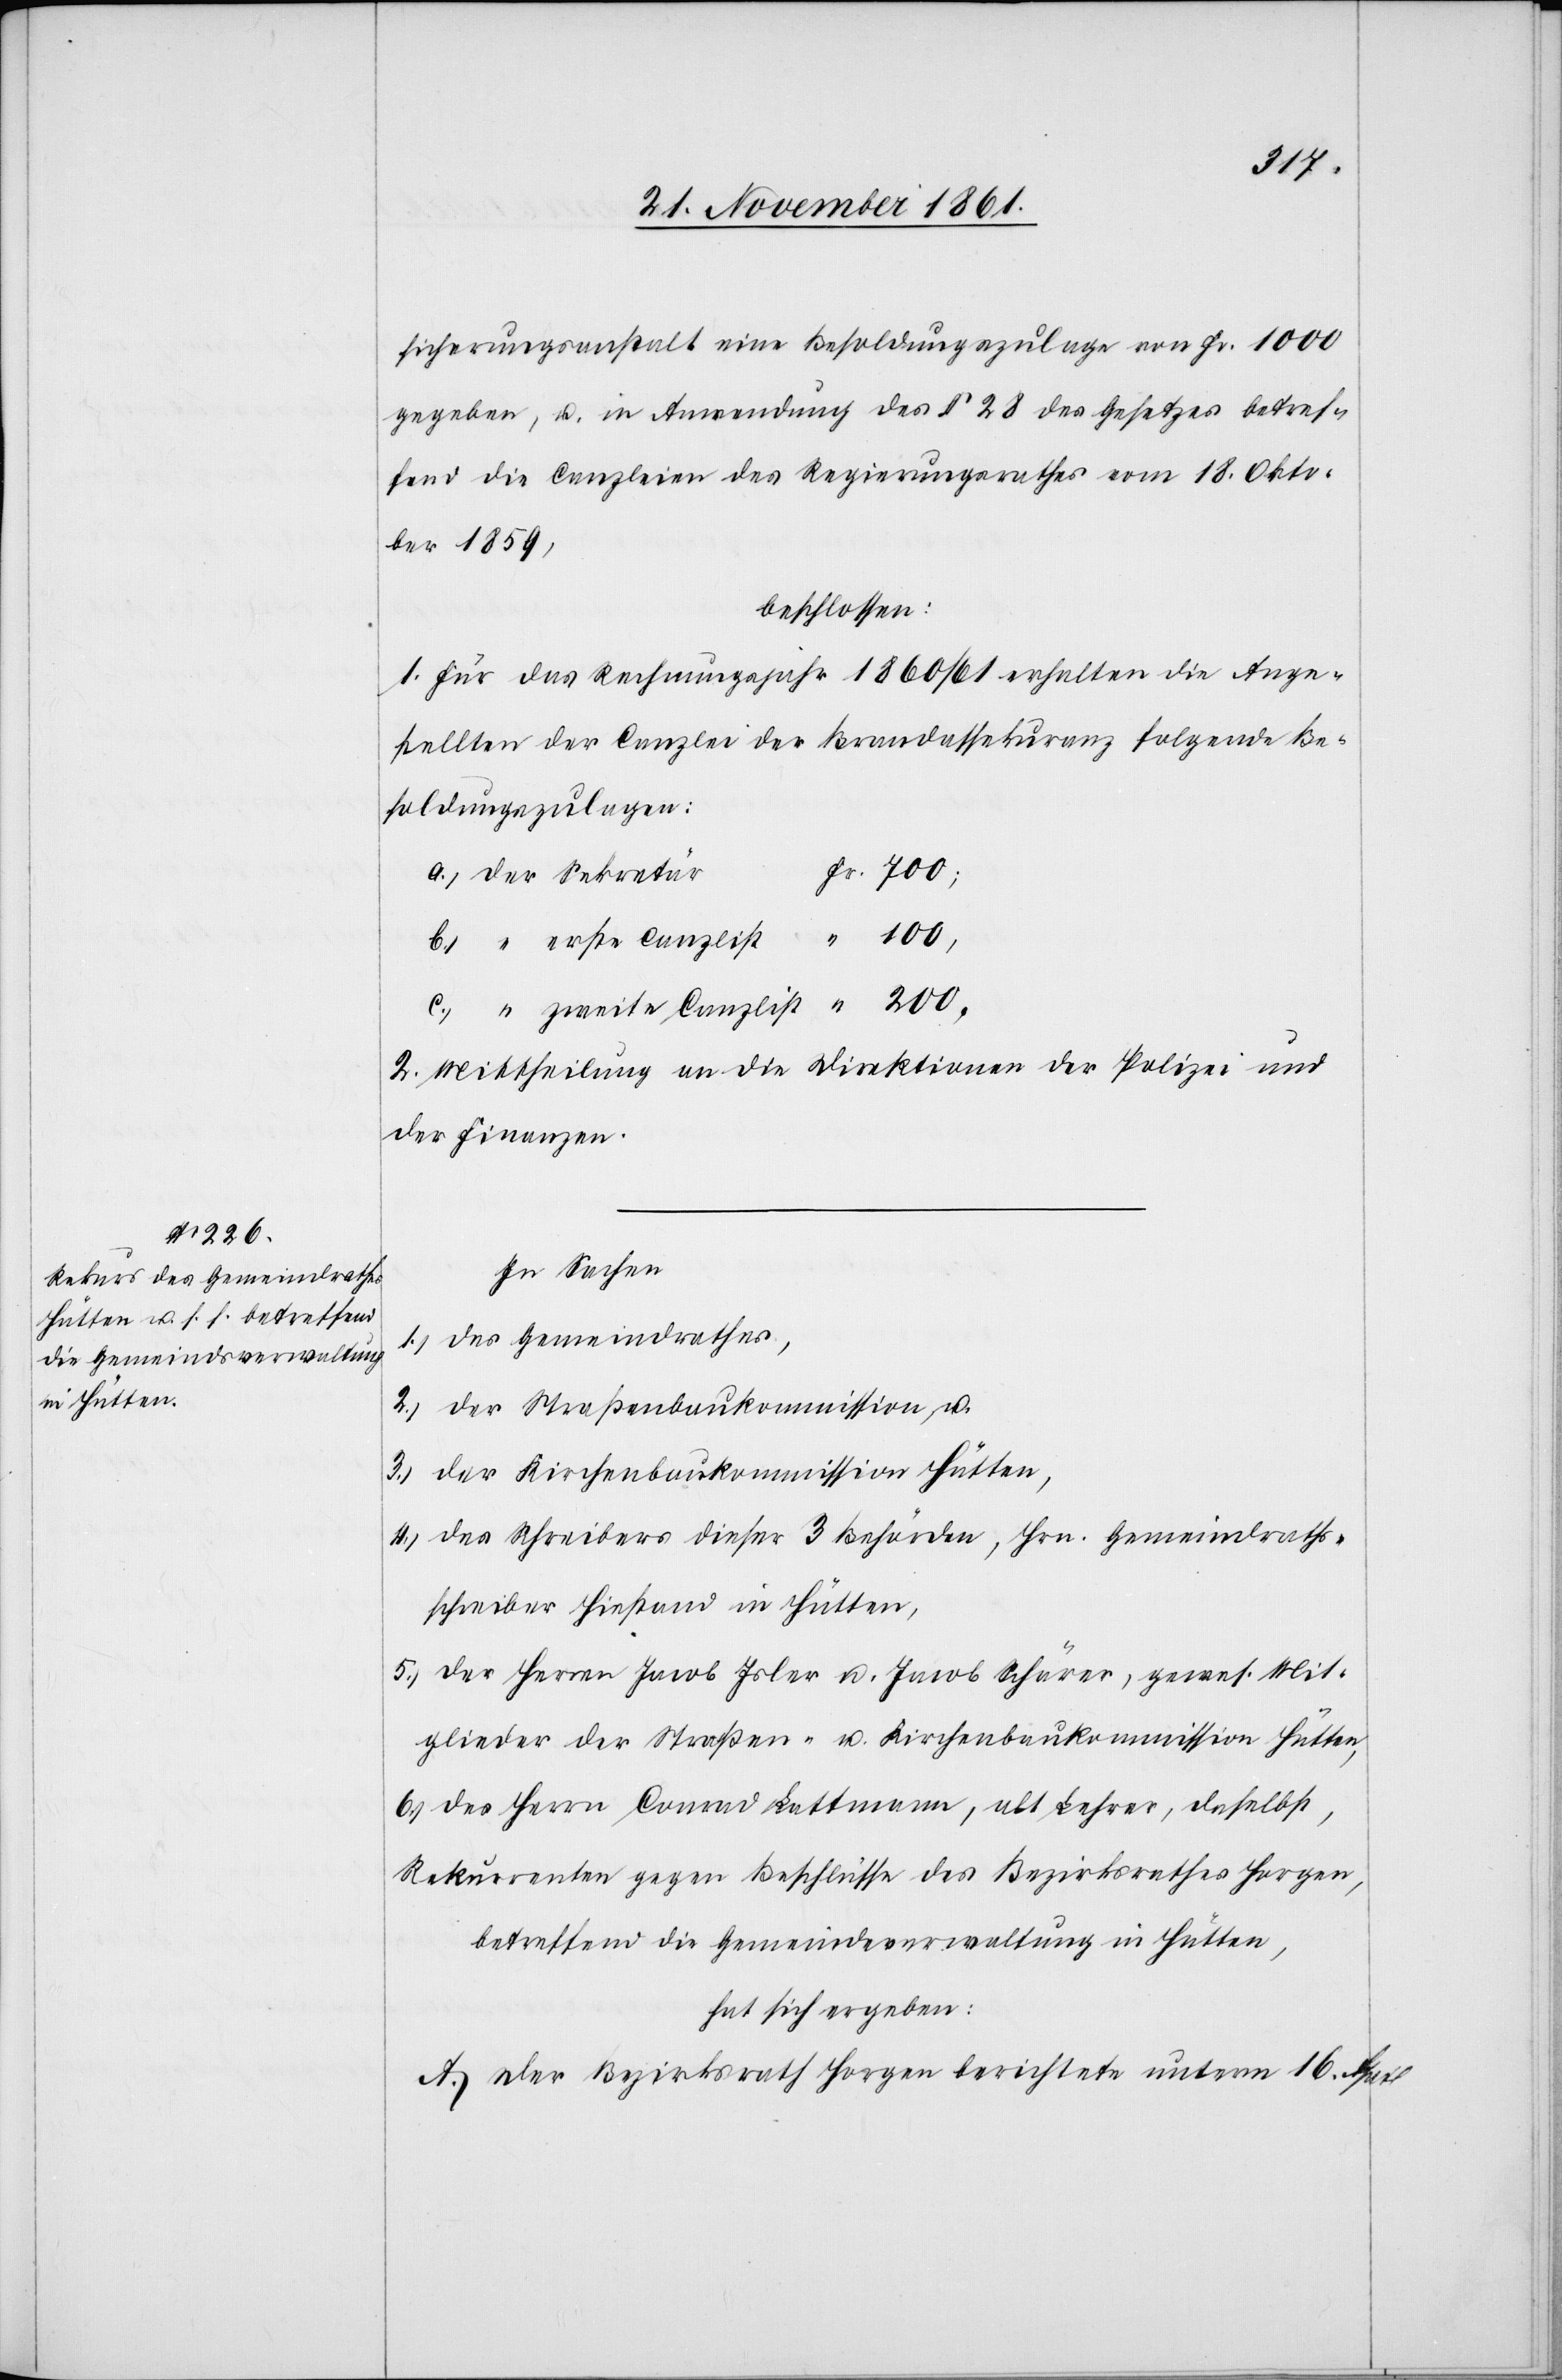
sicherungsanstalt eine Besoldungszulage von Fr. 1000
gegeben, u. in Anerkennung des § 28 des Gesetzes betref¬
fend die Canzleien des Regierungsrathes vom 18 Okto¬
ber 1859,
beschlossen:
1. Für das Rechnungsjahr 1860/61 erhalten die Ange¬
stellten der Canzlei der Brandassekuranz folgende Be¬
soldungszulagen:
r. 700,
a.) der Sekretä¬
“ 100,
r	F¬
b.) “ erste Canzlist
c.) “ zweite Canzlist	 “ 200,
2. Mittheilung an die Direktion der Polizei und
der Finanzen.
In Sachen
1.) des Gemeindrathes,
2.) der Straßenbaukommission, u.
3.) der Kirchenbaukommission Hütten,
4.) des Schreibers dieser 3 Behörden, Hrn. Gemeindraths¬
schreiber Hiestand in Hütten,
5.) der Herrn Jacob Isler u. Jacob Schärer, gewes. Mit¬
glieder der Straßen- u. Kirchenbaukommission Hütten,
6.) des Herrn Conrad Lattmann, alt Lehrer, daselbst,
Rekurrenten gegen Beschlüsse des Bezirksrathes Horgen,
betreffend die Gemeindeverwaltung in Hütten,
hat sich ergeben:
A. Der Bezirksrath Horgen berichtete unterm 16 April